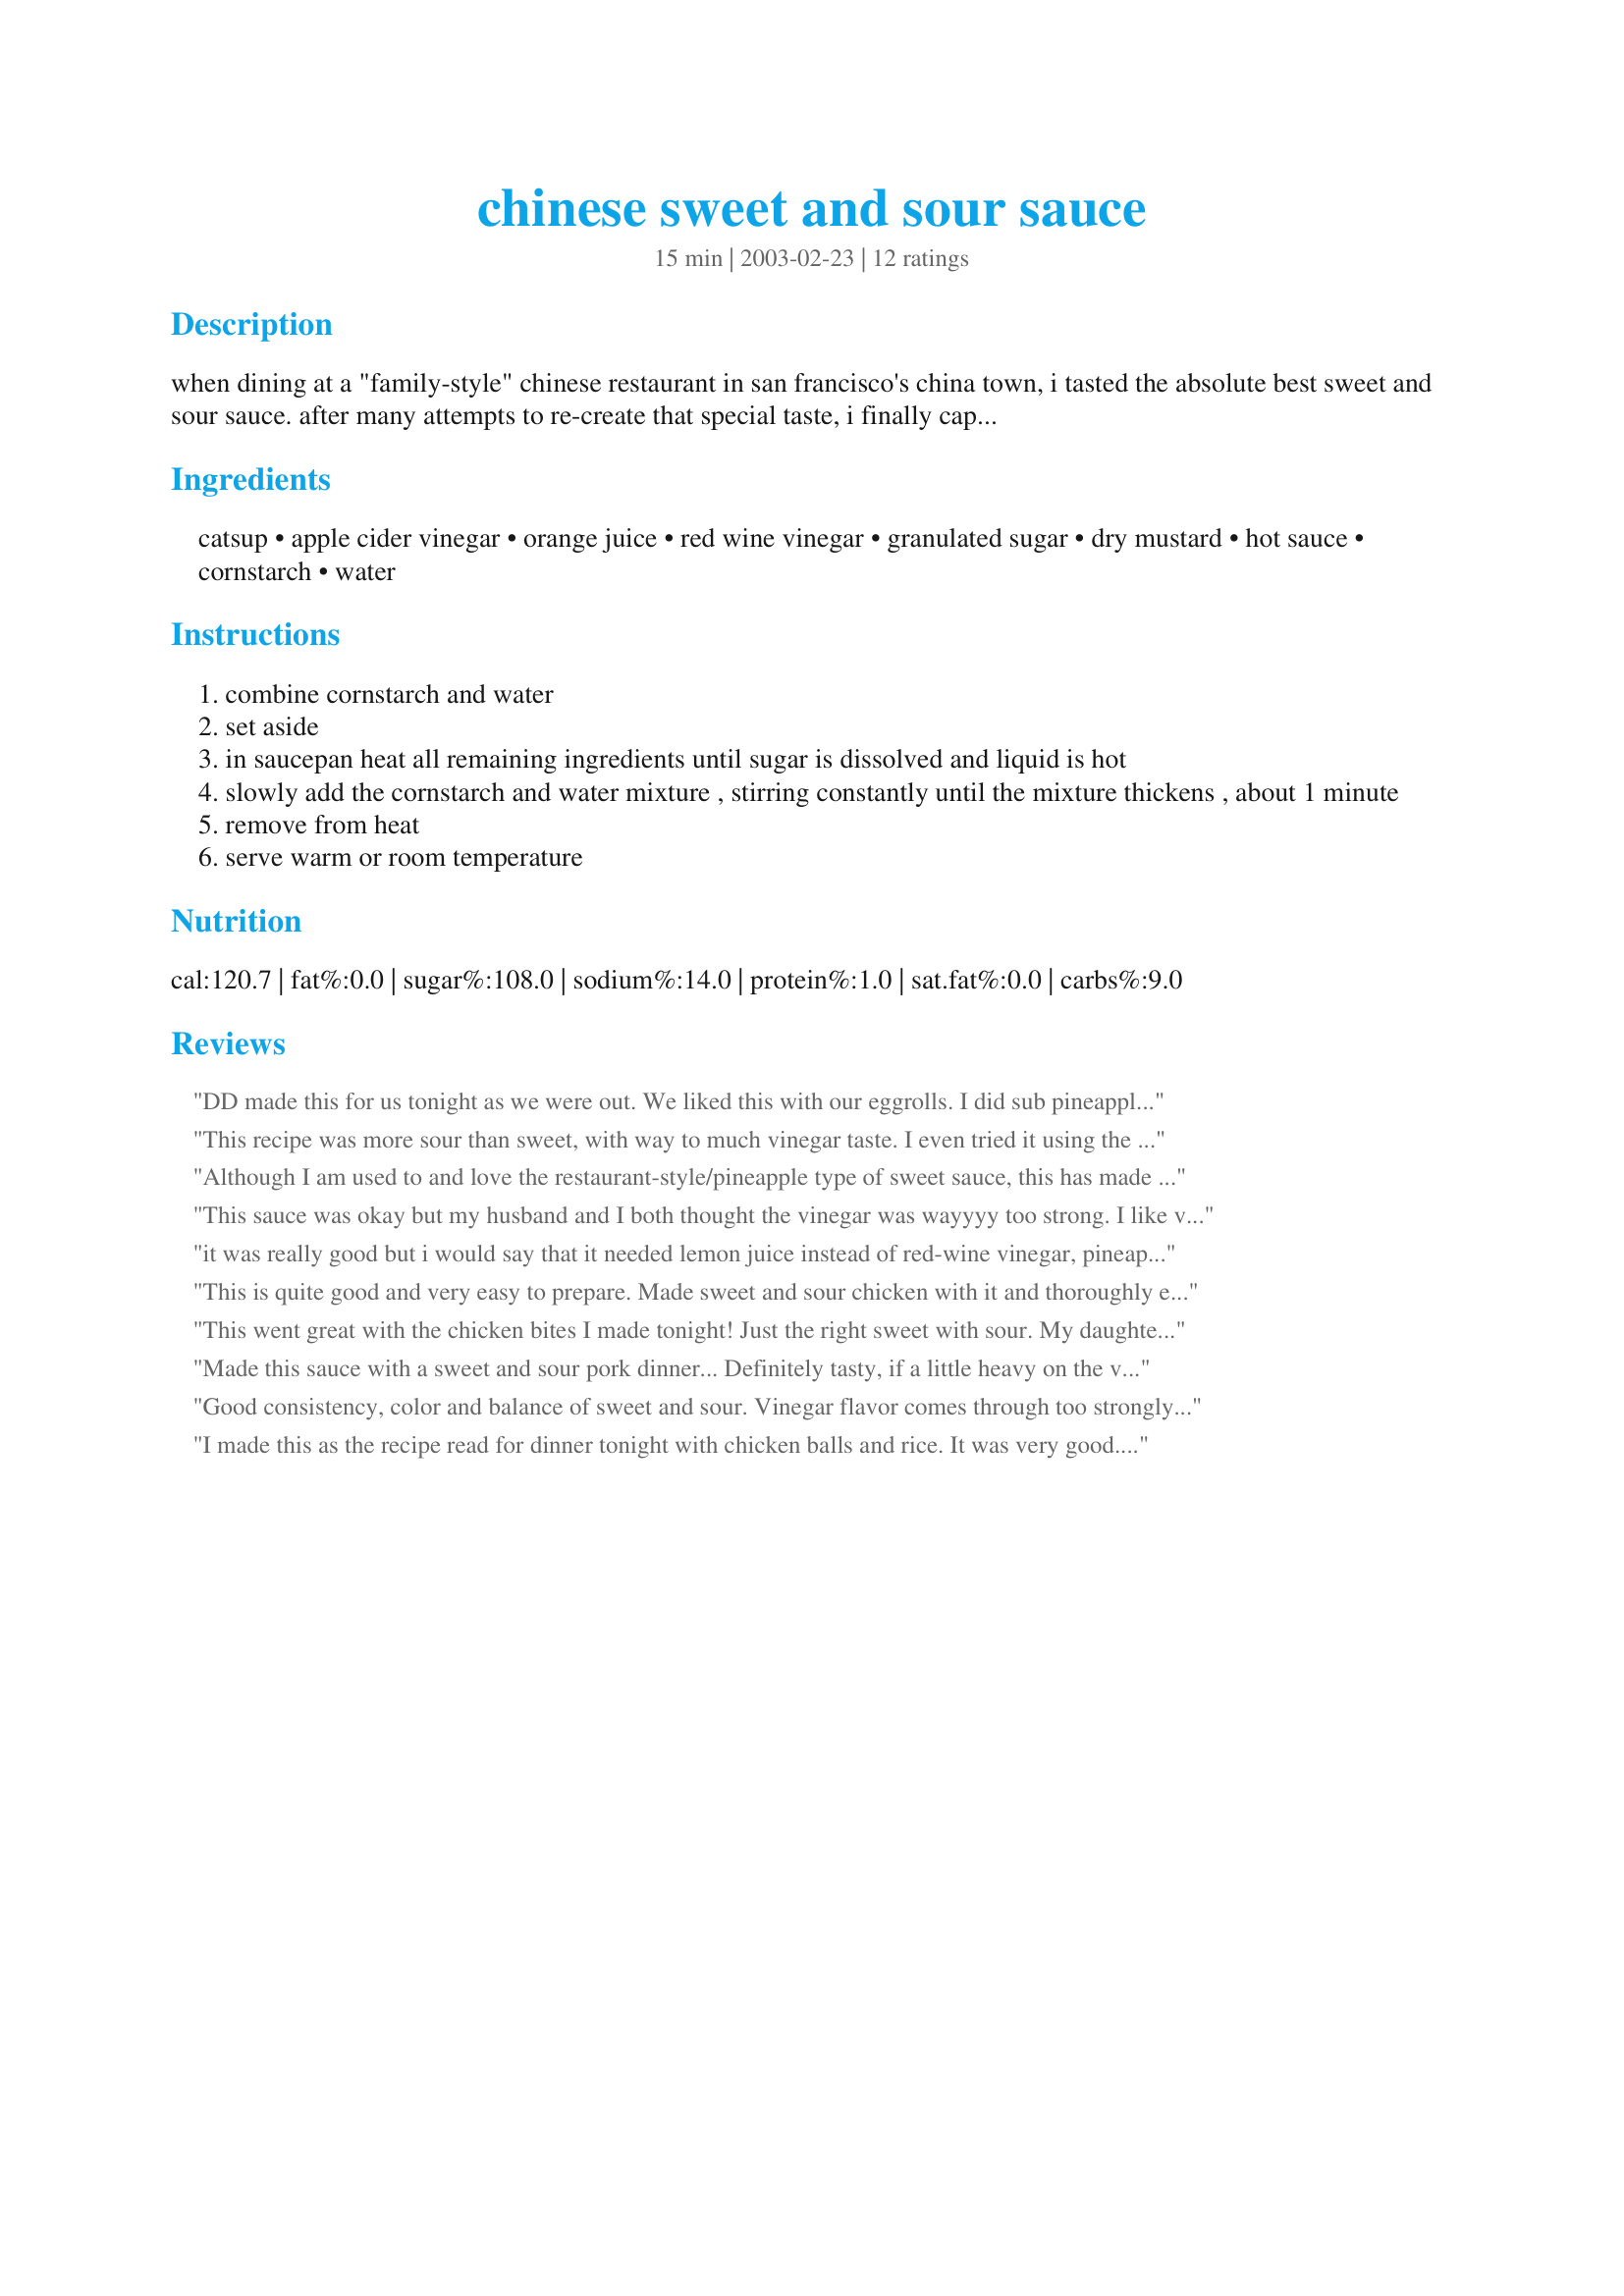
chinese sweet and sour sauce
Preparation time: 15 minutes

when dining at a "family-style" chinese restaurant in san francisco's china town, i tasted the absolute best sweet and sour sauce. after many attempts to re-create that special taste, i finally captured it! this can be used for sweet and sour chicken, pork or shrimp. it is also a good dipping sauce for wontons. it has a very festive red-orange color.

Ingredients:
catsup, apple cider vinegar, orange juice, red wine vinegar, granulated sugar, dry mustard, hot sauce, cornstarch, water

Steps:
combine cornstarch and water
set aside
in saucepan heat all remaining ingredients until sugar is dissolved and liquid is hot
slowly add the cornstarch and water mixture , stirring constantly until the mixture thickens , about 1 minute
remove from heat
serve warm or room temperature

Reviews:
DD made this for us tonight as we were out. We liked this with our eggrolls. I did sub pineapple juice for the o.j. since I had some in the fridge. I will make this again to get us out of a pinch. Thank you for sharing this with us.
This recipe was more sour than sweet, with way to much vinegar taste. I even tried it using the suggestions listed in other reviews and still could not overcome the vinegar taste. Sorry, this is not a rcipe I will try again.
Although I am used to and love the restaurant-style/pineapple type of sweet sauce, this has made a convert of me! Made this to go with homemade fried rice and chow mein, and it is spectacular! Thanks for a great recipe.
This sauce was okay but my husband and I both thought the vinegar was wayyyy too strong. I like vinegar, but the ACV dominated the flavor of the sauce. I would recommend only using half of the ACV and omitting the red wine vinegar all together.
it was really good but i would say that it needed lemon juice instead of red-wine vinegar, pineapple juice instead of oj and corn syrup. Vinegar taste was definitely too strong.
This is quite good and very easy to prepare. Made sweet and sour chicken with it and thoroughly enjoyed it. My DD thought it was a little too strong with the orange flavor, so next time we will try it with pineapple juice to see how that turns out!
This went great with the chicken bites I made tonight! Just the right sweet with sour. My daughter loves s&s sauce, so we will be making this often! Thanks!
Made this sauce with a sweet and sour pork dinner... Definitely tasty, if a little heavy on the vinegar taste... Added a little more orange juice and sugar to make it sweeter. Will make this again. Thanks!
Good consistency, color and balance of sweet and sour. Vinegar flavor comes through too strongly, however. May try lemon juice instead of red wine vinegar next time.
I made this as the recipe read for dinner tonight with chicken balls and rice. It was very good. My kidlets loved it! Thanks very much Beachgirl!!!
This was my first venture in trying sweet and sour sauce recipes, and I enjoyed it with some shrimp gyoza today for lunch. Nice blend, and the orange flavor is a tasty standout.
I used this for the sweet and sour pork dish I made and it was quite nice! I battered the pork pieces with Aroostook's "Batter for Sweet and Sour Shrimp" recipe #26559, then fried those, then stir-fried them with green peppers, onions, and carrots and the sweet and sour sauce to finish the dish. I will definitely make this again, perhaps with other sweet and sour dishes, and even as a dipping sauce for dim sum. Thanks for a great recipe!
